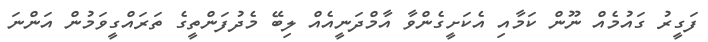
ފަގީރު ގައުމެއް ނޫން ކަމާއި އެކަށީގެންވާ އާމްދަނީއެއް ލިބޭ މެދުފަންތީގެ ތަރައްގީވަމުން އަންނަ